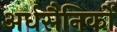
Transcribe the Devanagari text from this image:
अर्धसैनिकों